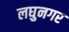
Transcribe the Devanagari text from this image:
लघुनगर